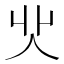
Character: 𠇿